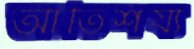
আতিশয্য